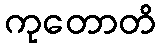
ကုတောတိ